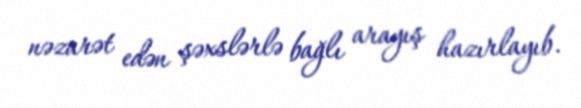
nəzarət edən şəxslərlə bağlı arayış hazırlayıb.